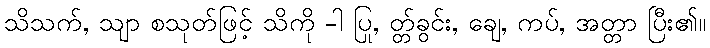
သိသက်, သျာ စသုတ်ဖြင့် သိကို -ါ ပြု, တ္တ်ခွင်း, ချေ, ကပ်, အတ္တာ ပြီး၏။